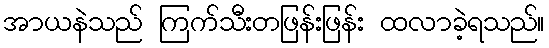
အာယနဲသည် ကြက်သီးတဖြန်းဖြန်း ထလာခဲ့ရသည်။